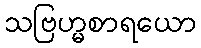
သဗြဟ္မစာရယော